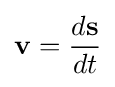
\mathbf {v} ={\frac {d\mathbf {s} }{dt}}